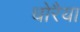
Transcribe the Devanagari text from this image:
धोरैया